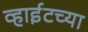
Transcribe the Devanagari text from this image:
व्हाईटच्या